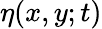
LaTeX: \eta(x,y;t)